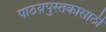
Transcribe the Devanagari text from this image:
पाठय़पुस्तकासाठी